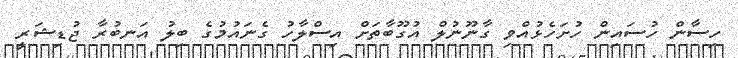
ހިސާން ހުސައިން ހުށަހެޅުއްވި ގާނޫނުލް އުގޫބާތަށް އިސްލާހު ގެނައުމުގެ ބިލު އަނބުރާ ޖުޑިޝަރީ